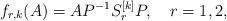
LaTeX: \begin{align*}f_{r,k}(A)=AP^{-1}S^{[k]}_r P,\ \ \ r=1,2,\end{align*}